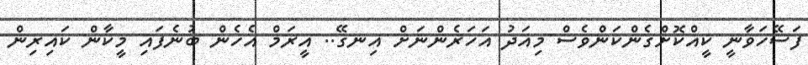
ފަސޭހަވާނީ ކީއްކޮށްގެންކަންވެސް މިއަދު އަހަރެންނަށް އިނގޭ.. އީރަމް އެހެން ބުނެފައި މީކާން ކައިރިން